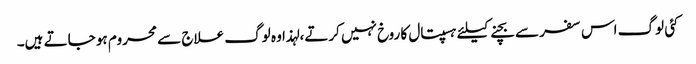
کئی لوگ اس سفر سے بچنے کیلئے ہسپتال کا روخ نہیں کرتے، لہذا وہ لوگ علاج سے محروم ہو جاتے ہیں۔